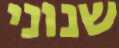
שנוני